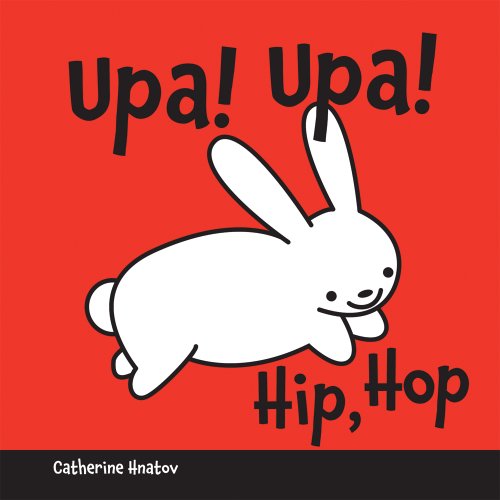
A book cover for Hip, Hop (Portuguese Edition); Catherine Hnatov; Children's Books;